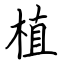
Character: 植